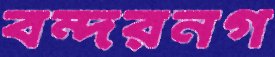
বন্দরনগ